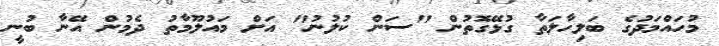
މުހައްމަދުގެ ބަލިހާލަތާ ގުޅޭގޮތުން "ސަން ކުލުނު" އަށް މައުލޫމާތު ދެމުން އޭނާ ބުނީ